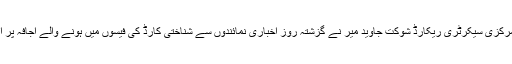
ان خیالات کا اظہار پاکستان پیپلز پارٹی آزاد کشمیر کے مرکزی سیکرٹری ریکارڈ شوکت جاوید میر نے گزشتہ روز اخباری نمائندوں سے شناختی کارڈ کی فیسوں میں ہونے والے اجافہ پر اپنے شدید ردعمل کے اظہار میں گفتگو کرتے ہوئے کیا ۔